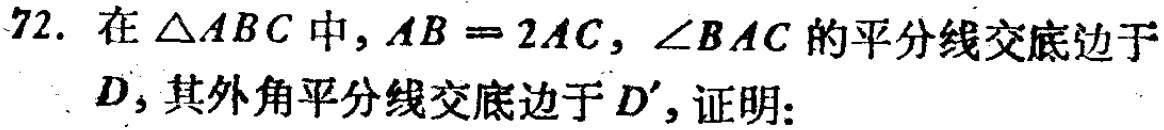
72. 在$\triangle ABC$中，$AB = 2AC$，$\angle BAC$的平分线交底边于$D$，其外角平分线交底边于$D'$，证明：